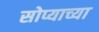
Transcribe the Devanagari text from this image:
सोप्याच्या